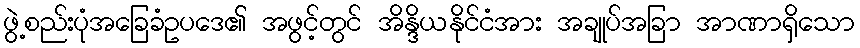
ဖွဲ့စည်းပုံအခြေခံဥပဒေ၏ အဖွင့်တွင် အိန္ဒိယနိုင်ငံအား အချုပ်အခြာ အာဏာရှိသော